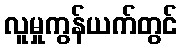
လူမှုကွန်ယက်တွင်